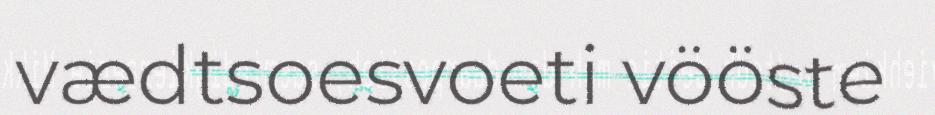
vædtsoesvoeti vööste